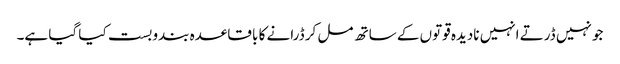
جو نہیں ڈرتے انہیں نادیدہ قوتوں کے ساتھ مل کر ڈرانے کا با قاعدہ بندوبست کیا گیا ہے۔